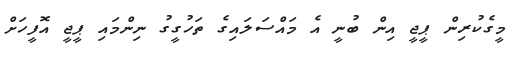
މީގެކުރިން ޕީޖީ އިން ބުނީ އެ މައްސަލައިގެ ތަހުގީގު ނިންމައި ޕީޖީ އޮފީހަށް